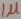
Text: 1µ